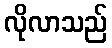
လိုလာသည်